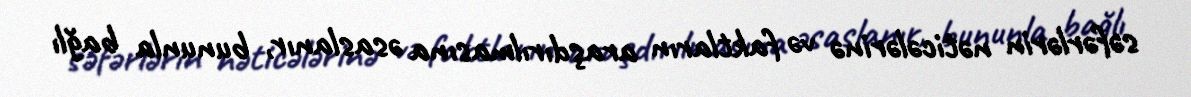
səfərlərin nəticələrinə və faktların araşdırılmasına əsaslanır, bununla bağlı